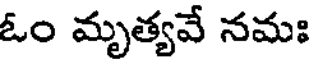
ఓం మృత్యవే నమః